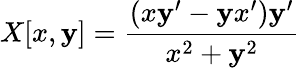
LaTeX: X[x,\mathbf{y}]={\frac{{(x\mathbf{y}^{\prime}-\mathbf{y}x^{\prime})\mathbf{y}^{\prime}}}{{x^{2}+\mathbf{y}^{2}}}}